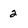
Character: 2